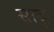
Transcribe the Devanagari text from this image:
सादू